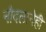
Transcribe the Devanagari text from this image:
नौदलानेही